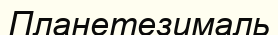
Планетезималь